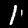
Label: 1